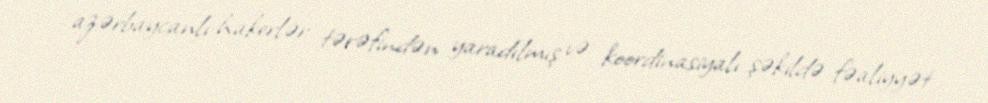
azərbaycanlı hakerlər tərəfindən yaradılmış və koordinasiyalı şəkildə fəaliyyət